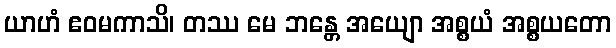
ယာဟံ ဧဝမကာသိ၊ တဿ မေ ဘန္တေ အယျော အစ္စယံ အစ္စယတော